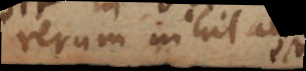
rerum nihil